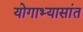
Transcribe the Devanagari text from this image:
योगाभ्यासांत